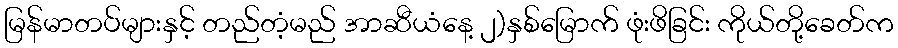
မြန်မာတပ်များနှင့် တည်တံ့မည် အာဆီယံနေ့ ၂)နှစ်မြောက် ဖုံးဖိခြင်း ကိုယ်တို့ခေတ်က